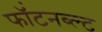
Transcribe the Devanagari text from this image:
फॉंटनब्ल्ट